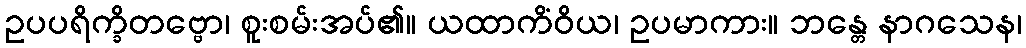
ဥပပရိက္ခိတဗ္ဗော၊ စူးစမ်းအပ်၏။ ယထာကိံဝိယ၊ ဥပမာကား။ ဘန္တေ နာဂသေန၊